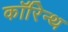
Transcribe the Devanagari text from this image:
कॉरिन्थ